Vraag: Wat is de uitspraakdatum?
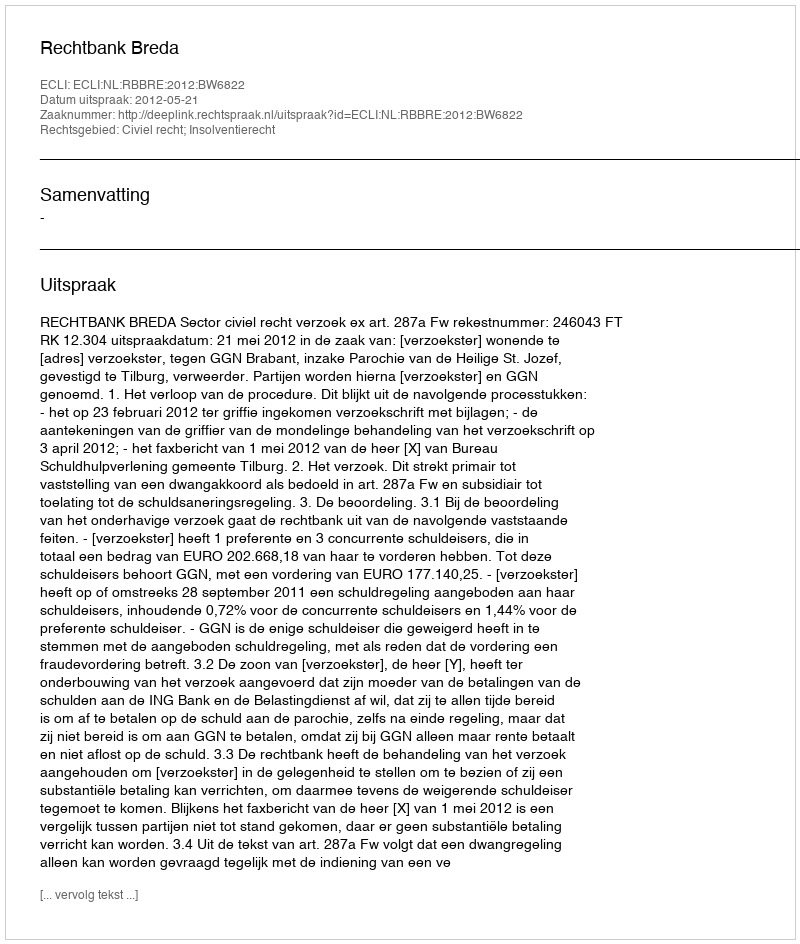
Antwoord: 2012-05-21